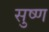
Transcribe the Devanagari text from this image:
सुष्ण